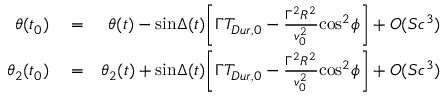
\begin{array} { r l r } { \theta ( t _ { 0 } ) } & { { } = } & { \theta ( t ) - \mathrm { s i n } \Delta ( t ) \Bigg [ \Gamma T _ { D u r , 0 } - { \frac { \Gamma ^ { 2 } R ^ { 2 } } { v _ { 0 } ^ { 2 } } } \mathrm { c o s } ^ { 2 } \phi \Bigg ] + O ( S c ^ { 3 } ) } \\ { \theta _ { 2 } ( t _ { 0 } ) } & { { } = } & { \theta _ { 2 } ( t ) + \mathrm { s i n } \Delta ( t ) \Bigg [ \Gamma T _ { D u r , 0 } - { \frac { \Gamma ^ { 2 } R ^ { 2 } } { v _ { 0 } ^ { 2 } } } \mathrm { c o s } ^ { 2 } \phi \Bigg ] + O ( S c ^ { 3 } ) } \end{array}